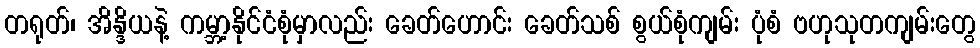
တရုတ်၊ အိန္ဒိယနဲ့ ကမ္ဘာ့နိုင်ငံစုံမှာလည်း ခေတ်ဟောင်း ခေတ်သစ် စွယ်စုံကျမ်း ပုံစံ ဗဟုသုတကျမ်းတွေ